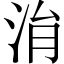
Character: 㳙